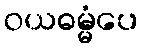
ဝယဓမ္မံပေ